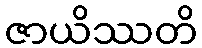
ဇာယိဿတိ